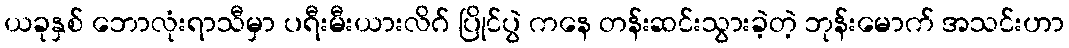
ယခုနှစ် ဘောလုံးရာသီမှာ ပရီးမီးယားလိဂ် ပြိုင်ပွဲ ကနေ တန်းဆင်းသွားခဲ့တဲ့ ဘုန်းမောက် အသင်းဟာ